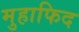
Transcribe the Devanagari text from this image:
मुहाफिद